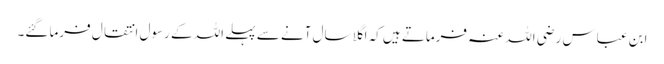
ابن عباس رضی اللہ عنہ فرماتے ہیں کہ اگلا سال آنے سے پہلے اللہ کے رسول انتقال فرما گئے۔